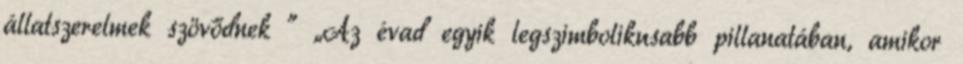
állatszerelmek szövődnek ” „Az évad egyik legszimbolikusabb pillanatában, amikor